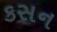
કસન